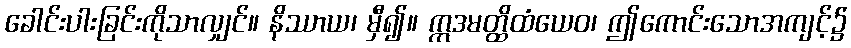
ခေါင်းပါးခြင်းကိုသာလျှင်။ နိဿာယ၊ မှီ၍။ ဣဒမတ္ထိထံယေဝ၊ ဤကောင်းသောအကျင့်၌